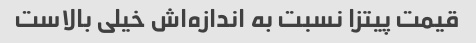
قیمت پیتزا نسبت به اندازه‌اش خیلی بالاست